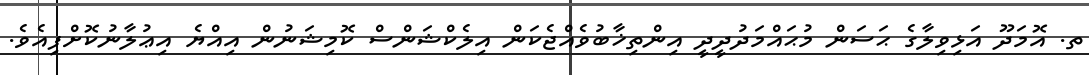
ތ. އޮމަދޫ އަޅިވިލާގެ ޙަސަން މުޙައްމަދުދީދީ އިންތިޚާބުވެއްޖެކަން އިލެކްޝަންސް ކޮމިޝަނުން އިއްޔެ އިޢުލާނުކޮށްފިއެވެ.